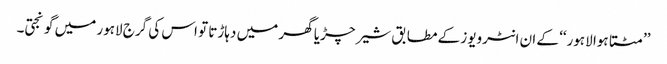
’’مٹتا ہوا لاہور‘‘ کے ان انٹرویوز کے مطابق شیر چڑیا گھر میں دہاڑتا تو اس کی گرج لاہور میں گونجتی۔